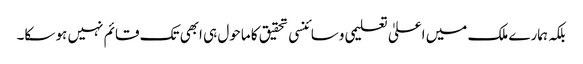
بلکہ ہمارے ملک میں اعلیٰ تعلیمی وسائنسی تحقیق کا ماحول ہی ابھی تک قائم نہیں ہو سکا۔